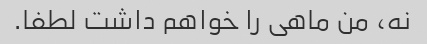
نه، من ماهی را خواهم داشت لطفا.